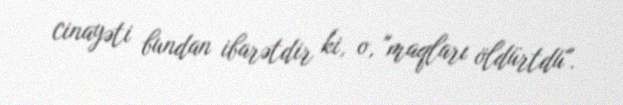
cinayəti bundan ibarətdir ki, o, "maqları öldürtdü".